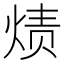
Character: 𮳭